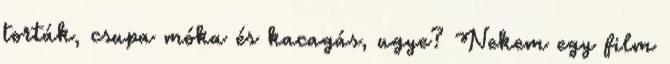
torták, csupa móka és kacagás, ugye? Nekem egy film